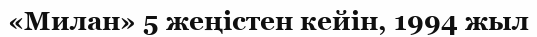
«Милан» 5 жеңістен кейін, 1994 жыл